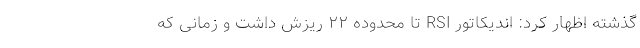
گذشته اظهار کرد: اندیکاتور RSI تا محدوده ۲۲ ریزش داشت و زمانی که